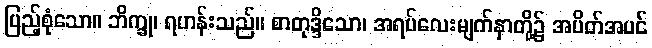
ပြည့်စုံသော။ ဘိက္ခု၊ ရဟန်းသည်။ စာတုဒ္ဒိသော၊ အရပ်လေးမျက်နှာတို့၌ အပိတ်အပင်